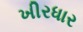
ખીરધાર